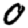
Digit: 0